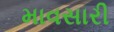
માવસારી